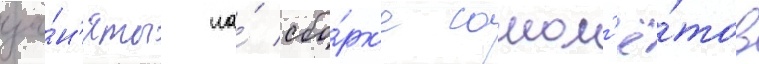
за́н'яты на́ сбо́рк'е самол'ё́тов